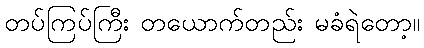
တပ်ကြပ်ကြီး တယောက်တည်း မခံရဲတော့။